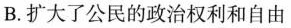
B.扩大了公民的政治权利和自由